Vaccination in Bombay 1863-1868 - 1863-1868
Year: 1863
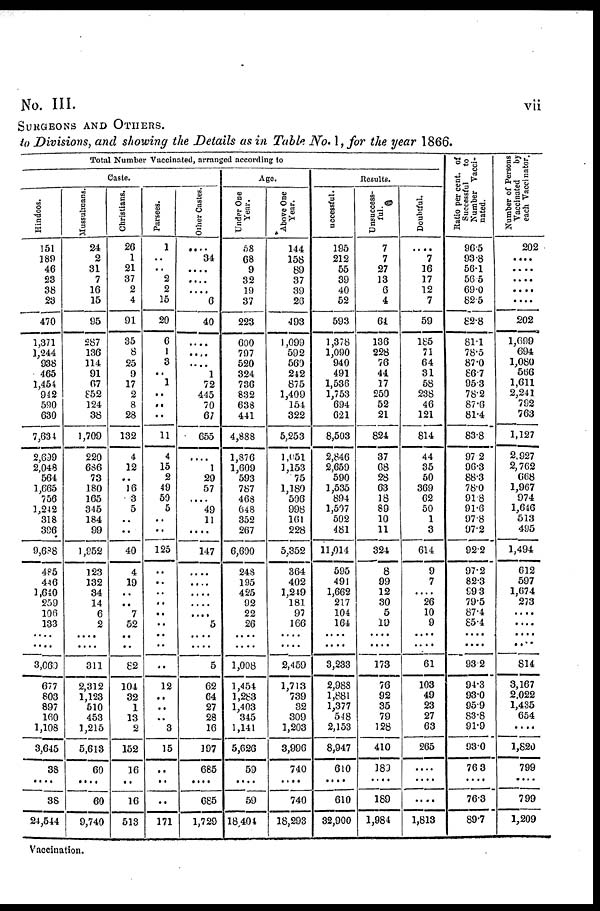
vii
No. III.
SURGEONS AND OTHERS.
to Divisions, and showing the Details as in Table No. 1, for the year 1866.
Total Number Vaccinated, arranged according to
Caste.
Hindoos.
151
189
46
23
38
23
470
1,371
1,244
938
465
1,454
942
590
630
7,634
2,699
2,048
564
1,665
756
1,242
318
396
9,688
485
446
1,640
259
106
133
....
....
3,069
677
803
897
160
1,108
3,645
38
. ...
38
24,544
Mussulmans.
24
2
31
7
16
15
95
287
136
114
91
67
852
124
38
1,709
220
686
73
180
165
315
184
99
1,952
123
132
34
14
6
2
....
....
311
2,312
1,123
510
453
1,215
5,613
60
....
60
9,740
Christians.
26
1
21
37
2
4
91
35
8
25
9
17
2
8
28
132
4
12
..
16
3
5
..
..
40
4
19
..
..
7
52
..
..
82
104
32
1
13
2
152
16
..
16
513
Parsees.
1
..
..
2
2
15
20
6
1
3
. .
1
..
..
..
11
4
15
2
49
50
5
..
..
125
..
..
..
..
..
..
..
..
..
12
..
..
..
3
15
..
..
..
171
Other Castes.
....
34
....
....
... .
6
40
....
....
....
1
72
445
70
67
655
...
1
29
57
....
49
11
..
147
....
....
....
....
....
5
....
....
5
62
64
27
28
16
197
685
....
685
1,729
Age.
Under One
Year.
68
68
9
32
19
37
223
600
797
520
324
736
832
638
441
4,888
1,876
1,609
593
787
468
648
352
267
6,600
248
195
425
92
22
26
....
....
1,008
1,454
1,283
1,403
345
1,141
5,626
59
....
59
18,404
Above One
Year.
144
158
89
37
39
26
493
1,099
592
560
242
875
1,409
154
322
5,253
1,051
1,153
75
1,180
506
998
161
228
5,352
364
402
1,249
181
97
166
....
....
2,459
1,713
739
32
309
1,203
3,996
740
....
740
18,293
Results.
Successful.
195
212
55
39
40
52
593
1,378
1,090
940
491
1,536
1,753
694
621
8,503
2,846
2,659
590
1,535
894
1,507
502
481
11,014
595
491
1,662
217
104
164
....
....
3,233
2,988
1,881
1,377
548
2,153
8,947
610
....
610
32,900
Unsuccess-
ful.
7
7
27
13
6
4
64
136
228
76
44
17
250
52
21
824
37
G8
28
63
18
89
10
11
324
8
99
12
30
5
19
....
....
173
76
92
35
79
128
410
189
....
189
1,984
Doubtful.
..
7
16
17
12
7
59
185
71
64
31
58
238
46
121
814
44
35
50
369
62
50
1
3
614
9
7
....
26
10
9
....
....
61
103
49
23
27
63
265
....
....
....
1,813
Ratio per cent. of
Successful
to
Number Vacci-
nated.
96.5
93.8
56.1
56.5
69.0
82.5
82.8
81.1
78.5
87.0
86.7
95.3
78.2
87.6
81.4
83.8
97.2
96.3
88.3
78.0
91.8
91.6
97.8
97.2
92.2
97.2
82.3
99.3
79.5
87.4
85.4
....
....
93.2
94.3
93.0
95.9
83.8
91.9
93.0
76.3
....
76.3
89.7
Number of Persons
Vaccinated
by
each Vaccinator.
202
....
....
....
....
....
202
1,699
694
1,080
566
1,611
2,241
792
763
1,127
2,927
2,762
668
1,967
974
1,646
513
495
1,494
612
597
1,674
273
....
....
....
....
814
3,167
2,022
1,435
654
..
1,820
799
....
799
1,209
Vaccination.